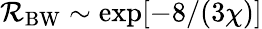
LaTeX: \mathcal{R}_{\mathrm{{BW}}}\sim\exp[-8/(3\chi)]